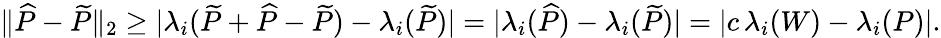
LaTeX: \| \widehat{P}-\widetilde{P}\| _{2}\ge|\lambda_{i}(\widetilde{P}+\widehat{P}-\widetilde{P})-\lambda_{i}(\widetilde{P})|=|\lambda_{i}(\widehat{P})-\lambda_{i}(\widetilde{P})|=|c\, \lambda_{i}(W)-\lambda_{i}(P)|.